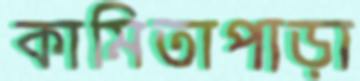
কামিতাপাড়া